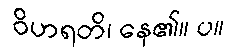
ဝိဟရတိ၊ နေ၏။ ပ။